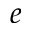
e